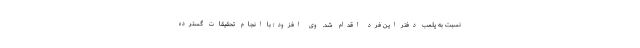
نسبت به پلمب دفتر این فرد اقدام شد. وی افزود: با انجام تحقیقات گسترده